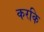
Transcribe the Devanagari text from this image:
करकि